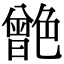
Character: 䒏